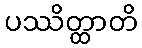
ပဿိတ္ထာတိ